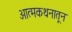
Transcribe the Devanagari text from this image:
आत्मकथनातून